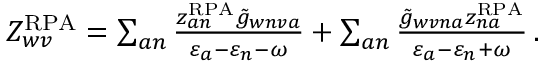
\begin{array} { r } { Z _ { w v } ^ { \mathrm { R P A } } = \sum _ { a n } \frac { z _ { a n } ^ { \mathrm { R P A } } \tilde { g } _ { w n v a } } { \varepsilon _ { a } - \varepsilon _ { n } - \omega } + \sum _ { a n } \frac { \tilde { g } _ { w v n a } z _ { n a } ^ { \mathrm { R P A } } } { \varepsilon _ { a } - \varepsilon _ { n } + \omega } \, . } \end{array}